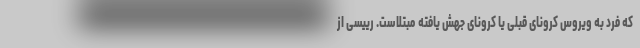
که فرد به ویروس کرونای قبلی یا کرونای جهش یافته مبتلاست. رییسی از